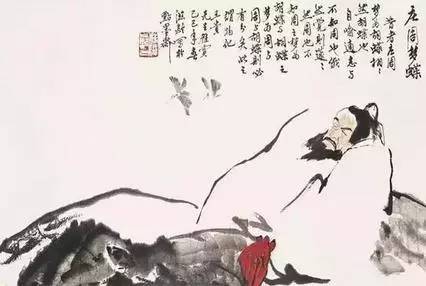
败军之将，不可以言勇。